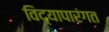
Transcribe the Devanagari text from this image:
विद्यापारंगत